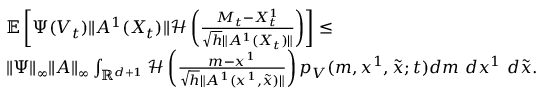
\begin{array} { r l } & { { \mathbb E } \left[ \Psi ( V _ { t } ) \| A ^ { 1 } ( X _ { t } ) \| { \mathcal H } \left( \frac { M _ { t } - { X _ { t } ^ { 1 } } } { \sqrt { h } \| A ^ { 1 } ( X _ { t } ) \| } \right) \right] \leq } \\ & { \| \Psi \| _ { \infty } \| A \| _ { \infty } \int _ { { \mathbb R } ^ { d + 1 } } { \mathcal H } \left( \frac { m - x ^ { 1 } } { \sqrt { h } \| A ^ { 1 } ( x ^ { 1 } , \tilde { x } ) \| } \right) p _ { V } ( m , x ^ { 1 } , \tilde { x } ; t ) d m ~ d x ^ { 1 } ~ d \tilde { x } . } \end{array}